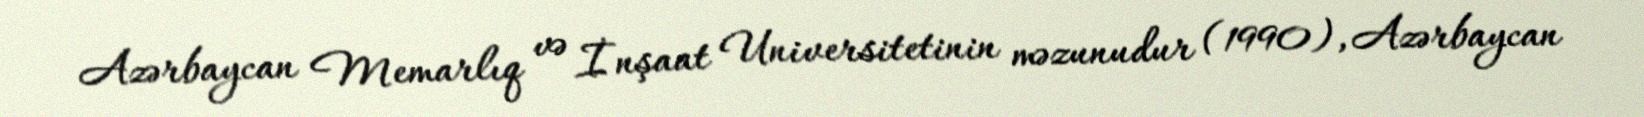
Azərbaycan Memarlıq və İnşaat Universitetinin məzunudur (1990), Azərbaycan